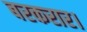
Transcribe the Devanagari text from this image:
बरकरार।